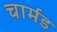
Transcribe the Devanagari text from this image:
चार्मड